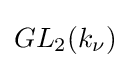
{GL_{2}(k_{\nu })}